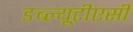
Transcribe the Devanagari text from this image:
डब्ल्यूटीएसी